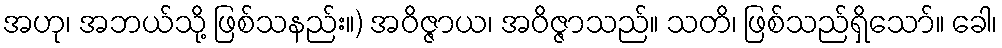
အဟု၊ အဘယ်သို့ ဖြစ်သနည်း။) အဝိဇ္ဇာယ၊ အဝိဇ္ဇာသည်။ သတိ၊ ဖြစ်သည်ရှိသော်။ ခေါ၊